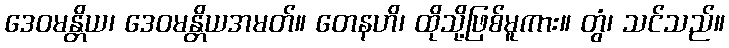
ဒေဝမန္တိယ၊ ဒေဝမန္တိယအမတ်။ တေနဟိ၊ ထိုသို့ဖြစ်မူကား။ တွံ၊ သင်သည်။